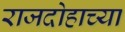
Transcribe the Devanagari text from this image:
राजदोहाच्या